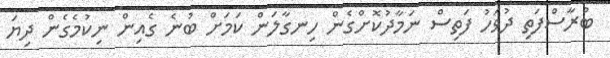
ބުރާސްފަތި ދުވަހު ފަތިސް ނަމާދުކޮށްގެން ހިނގާލަން ކަމަށް ބުނެ ގެއިން ނިކުމެގެން ދިޔަ